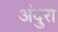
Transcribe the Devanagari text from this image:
अंदुरा